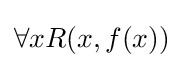
\forall xR(x,f(x))